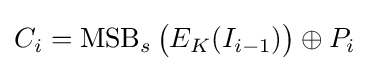
C_{i}=\operatorname {MSB} _{s}{\big (}E_{K}(I_{i-1}){\big )}\oplus P_{i}